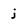
Character: j